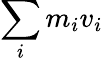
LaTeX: \, \! \sum_{i}m_{i}v_{i}